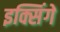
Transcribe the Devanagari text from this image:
इक्सिंगे